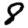
Digit: 8